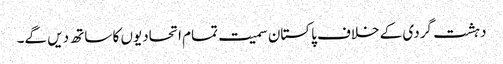
دہشت گردی کے خلاف پاکستان سمیت تمام اتحادیوں کا ساتھ دیں گے۔